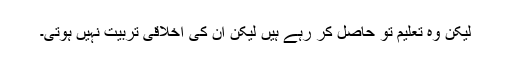
لیکن وہ تعلیم تو حاصل کر رہے ہیں لیکن ان کی اخلاقی تربیت نہیں ہوتی۔